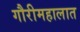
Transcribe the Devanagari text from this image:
गौरीमहालात